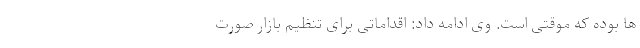
ها بوده که موقتی است. وی ادامه داد: اقداماتی برای تنظیم بازار صورت